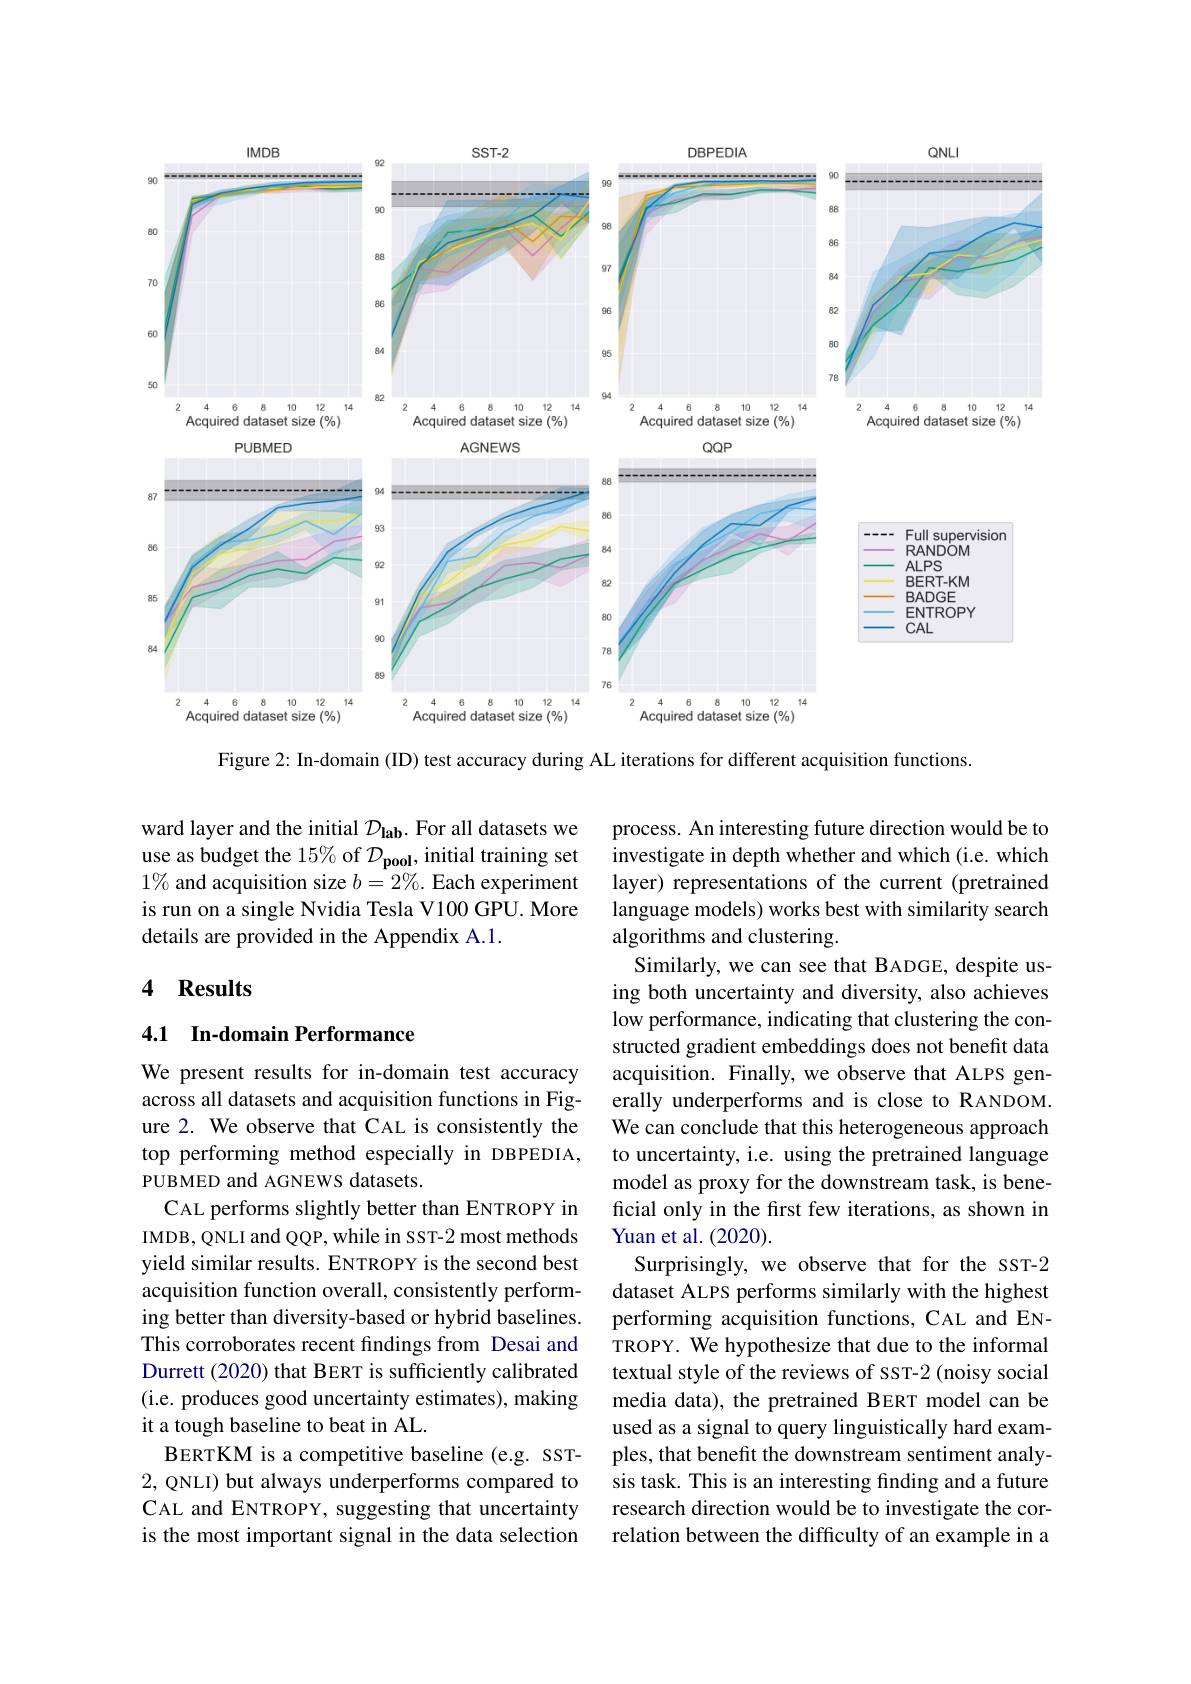
<FigureHere>

Figure 2: In-domain (ID) test accuracy during AL iterations for different acquisition functions

ward layer and the initial $\mathcal{D}_\mathrm{lab}.$ For all datasets we use as budget the 15% of $\mathcal{D}_\mathrm{pool}$, initial training set $1\%$ and acquisition size $b=2\%.$ Each experiment is run on a single Nvidia Tesla V100 GPU. More details are provided in the Appendix A.1.

## 4 Results

## 4.1 In-domain Performance

process. An interesting future direction would be to investigate in depth whether and which (i.e. which layer) representations of the current (pretrained language models) works best with similarity search algorithms and clustering.
Similarly, we can see that BADGE, despite using both uncertainty and diversity, also achieves low performance, indicating that clustering the constructed gradient embeddings does not benefit data acquisition. Finally, we observe that ALPS generally underperforms and is close to RANDOM. We can conclude that this heterogeneous approach to uncertainty, i.e. using the pretrained language model as proxy for the downstream task, is beneficial only in the first few iterations, as shown in Yuan et al. (2020).
Surprisingly, we observe that for the ssT-2 dataset ALPS performs similarly with the highest performing acquisition functions, CAL and ENTROPY. We hypothesize that due to the informal textual style of the reviews of ssT-2 (noisy social media data), the pretrained BERT model can be used as a signal to query linguistically hard examples, that benefit the downstream sentiment analysis task. This is an interesting finding and a future research direction would be to investigate the correlation between the difficulty of an example in a

We present results for in-domain test accuracy across all datasets and acquisition functions in Figure 2. We observe that CAL is consistently the top performing method especially in DBPEDIA, PUBMED and AGNEWS datasets.
CAL performs slightly better than ENTROPY in IMDB, QNLI and QQP, while in SST-2 most methods yield similar results. ENTROPY is the second best acquisition function overall, consistently performing better than diversity-based or hybrid baselines. This corroborates recent findings from Desai and Durrett (2020) that BERT is sufficiently calibrated (i.e. produces good uncertainty estimates), making it a tough baseline to beat in AL.
BERTKM is a competitive baseline (e.g. SST- 2, QNLI) but always underperforms compared to CAL and ENTROPY, suggesting that uncertainty is the most important signal in the data selection